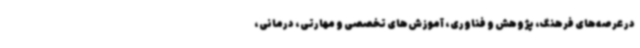
در عرصه‌های فرهنگ، پژوهش و فناوری، آموزش‌های تخصصی و مهارتی، درمانی،